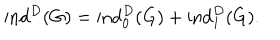
\mathrm { i n d } ^ { D } ( G ) = \mathrm { i n d } _ { 0 } ^ { D } ( G ) + \mathrm { i n d } _ { 1 } ^ { D } ( G ) .